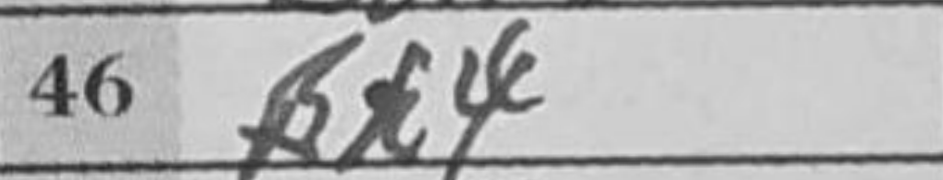
Transcription: Bh4